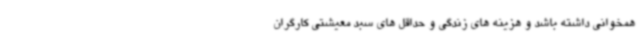
همخوانی داشته باشد و هزینه های زندگی و حداقل های سبد معیشتی کارگران